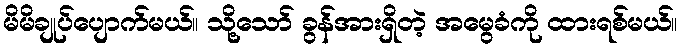
မိမိချုပ်ပျောက်မယ်။ သို့သော် ခွန်အားရှိတဲ့ အမွေခံကို ထားရစ်မယ်။